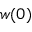
w ( 0 )